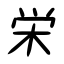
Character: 栄